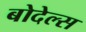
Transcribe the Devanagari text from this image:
बोदेल्स